Leaving Certificate Examination, 1902
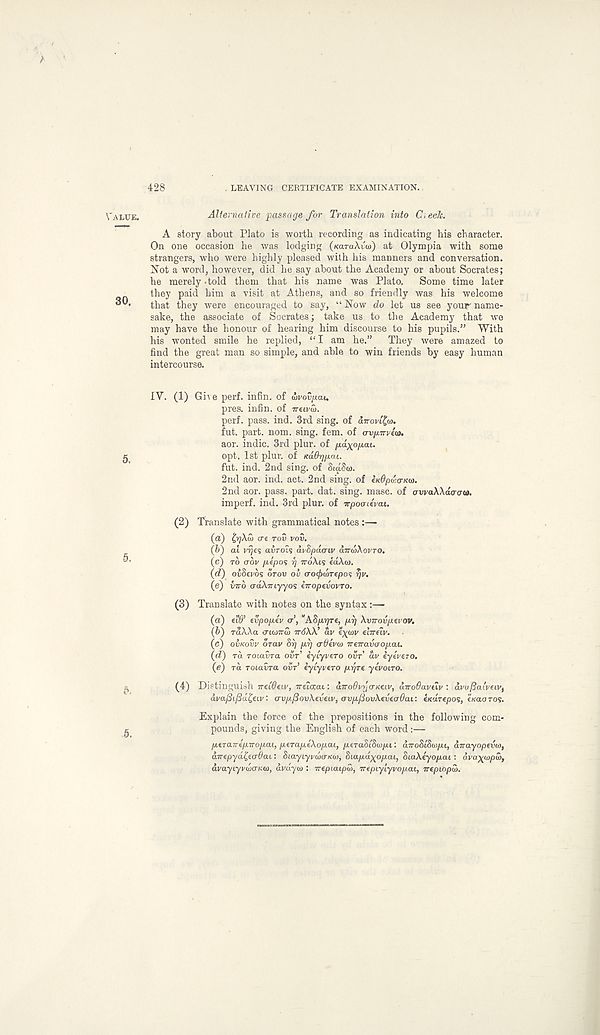
. LEAVING CERTIFICATE EXAMINATION.
428
Alternative passage for Translation into C, eelc.
A story about Plato is worth recording as indicating his character.
On one occasion he was lodging («araAi;(o) at Olympia with some
strangers, who were highly pleased with his manners and conversation.
Not a word, however, did he say about the Academy or about Socrates;
he merely-told them that his name was Plato.
Some time later
they paid him a visit at Athens, and so friendly was his welcome
that they were encouraged to say, “ Now do let us see your name-
sake, the associate of Socrates; take us to the Academy that wo
may have the honour of hearing him discourse to his pupils.” With
his wonted smile he replied, “ I am he.”
They were amazed to
find the great man so simple, and able to win friends by easy human
intercourse.
IV. (1) Give perf. infin. of wvovpau
pres, infin. of ireivu.
perf. pass. ind. 3rd sing, of inovlif}.
fut. part. nom. sing. fern, of <TVjj.irviu>.
aor. indie. 3rd plur. of pa-xopai.
opt. 1st plur. of KaOrjjxai.
fut. ind. 2nd sing, of StaSai.
2nd aor. ind. act. 2nd sing, of eKOpuo-Kw.
2nd aor. pass. part. dat. sing. masc. of awaWdacua.
imperf. ind. 3rd plur. of wpoo-ieVtu.
(2) Translate with grammatical notes :—-
(a) t,7]Xw ert rov vov.
(b) at vrjes airois dvBpdaiv airwXovro.
(c) TO crov p-epos i] TTOAIS edXo).
(d) oiSevos OTOV OU (ro(j>d)Tepo<; rju.
(e) virb odXiriyyos hroptvovTO.
(3) Translate with notes on the syntax:—
(а) eiO’ tvpopiv a’, "ASp-Tyre, pi] Xvirovpzvov.
(б) raAAa criwirut TrdXX’ dv
ehruv.
(c) OVKOVV orav Si] pi] aOivo) neiravaopai.
(d) ra Toiavra OVT’ iyiyve.ro ovr’ dv iyevero.
(e) ra roiavra ovr’ iyiyvero pr/re yevoiro.
(4) Distinguish Tret^etv, TTEtorat: aTrodvijOKCiv, dTroOaveiv : dvufia'veiVf
dva/Si/Sd^eiv: avp.fiovXeveiv, ovpfdovXeveadai: eK'drepos, tKaoros.
Explain the force of the prepositions in the following com-
pounds, giving the English of each word:—
peraTrepiropai, perapeXopai, peraSiSwpi: aTroSiSwpi, dnayopevo),
direpyd^eaOai.: SiayiyvdxrKw, Siapd^opai, SiaXeyopai: dva^wpui,
dvayiyvuicr/ai), dvdyw : irepiaipw, irepiyiyvopai, irepLopu).